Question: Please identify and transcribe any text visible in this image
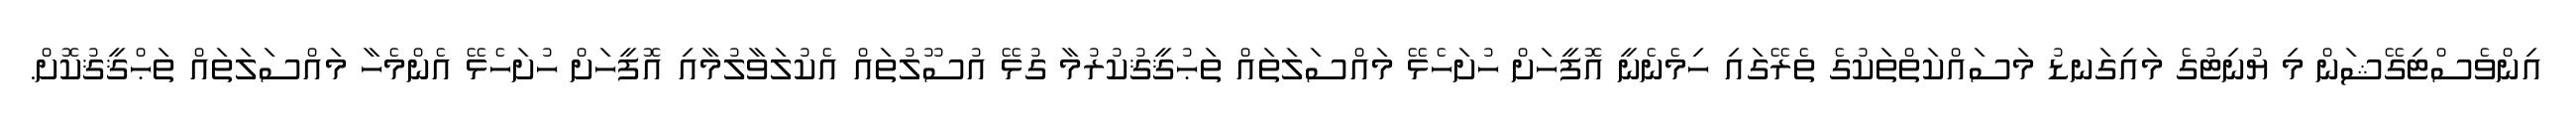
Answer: އިންވެސްޓިގޭޝަން މި ޔުނިޓުގެ މައިގަނޑު މަސައްކަތްތަކުގެ ތެރޭގައި ހިމެނެނީ އޮފީހަށް ހުށަހެޅޭ މައްސަލަތައް ތަޙުޤީޤުކުރުމާ ގުޅޭ އުސޫލުތައް އެކުލަވާލުމާއި އޮފީހަށް ހުށަހެޅޭ އެންމެހާ މައްސަލަތައް ތަޙްޤީޤުކޮށް.